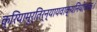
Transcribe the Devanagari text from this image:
क्रियामूर्तिर्न्यायवाक्यनियोजकः।